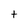
Character: t